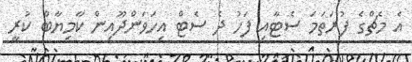
އެ މެޗްގެ ފުރަތަމަ ސެޓާއި ފަހު ދެ ސެޓް އިހަވަންދޫއިން ކާމިޔާބް ކުރީ